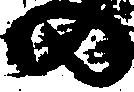
の